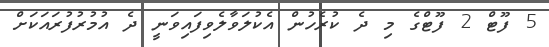
5 ފޫޓް 2 ފޫޓްގެ މި ދެ ކުރެހުން އެކުލަވާލެވިފައިވަނީ ދެ އުމުރުފުރައަކަށް